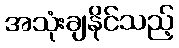
အသုံးချနိုင်သည့်